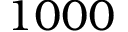
1 0 0 0